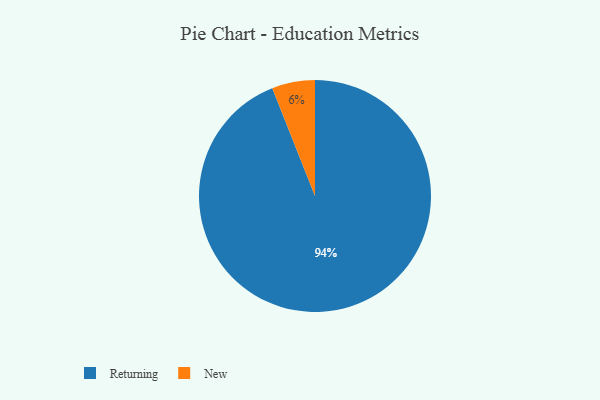
{"axis": {"x": "Category", "y": "Percentage"}, "legend": ["New", "Returning"], "data": [{"x": "Returning", "y": 94, "type": "Returning"}, {"x": "New", "y": 6, "type": "New"}]}